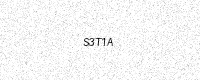
Text: S3T1A